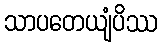
သာပတေယျံပိဿ